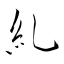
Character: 糺